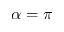
\alpha = \pi